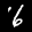
Label: 6